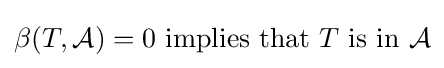
\beta (T,{\mathcal {A}})=0{\mbox{ implies that }}T{\mbox{ is in }}{\mathcal {A}}